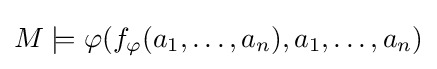
M\models \varphi (f_{\varphi }(a_{1},\dots ,a_{n}),a_{1},\dots ,a_{n})